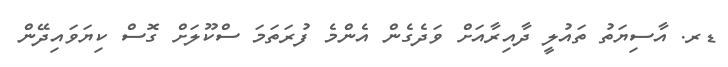
ޑރ. އާސިޔަތު ތައުލީ ދާއިރާއަށް ވަދެގެން އެންމެ ފުރަތަމަ ސްކޫލަށް ގޮސް ކިޔަވައިދޭން